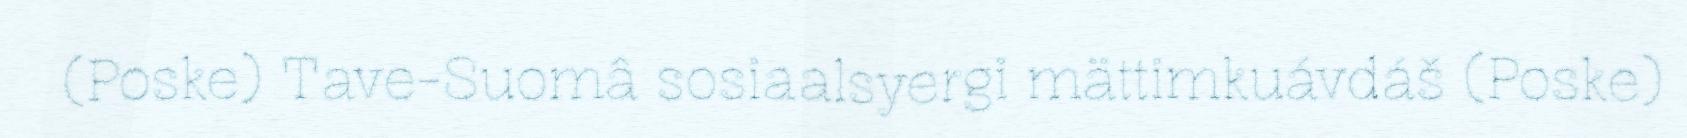
(Poske) Tave-Suomâ sosiaalsyergi mättimkuávdáš (Poske)